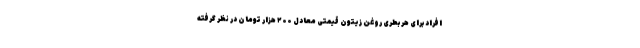
افراد برای هر بطری روغن زیتون قیمتی معادل ۲۰۰ هزار تومان در نظر گرفته